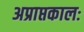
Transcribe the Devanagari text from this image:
अप्राप्तकालः